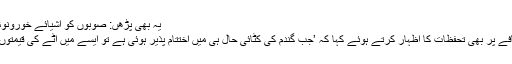
یہ بھی پڑھں: صوبوں کو اشیائے خورونوش کی ذخیرہ اندوزی روکنے کی ہدایت
وزیراعظم نے آٹے کی قیمتوں میں اضافے پر بھی تحفظات کا اظہار کرتے ہوئے کہا کہ ’جب گندم کی کٹائی حال ہی میں اختتام پذیر ہوئی ہے تو ایسے میں آٹے کی قیمتوں میں اضافے کی کوئی منطق نہیں ہے'۔